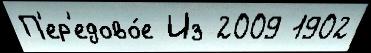
П'ер'едово́е Из 2009 1902